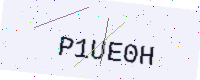
Text: P1UE0H